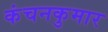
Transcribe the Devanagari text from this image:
कंचनकुमार